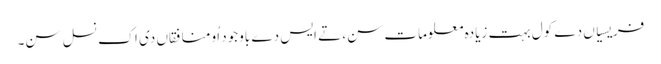
فریسیاں دے کول بہت زیادہ معلومات سن، تے ایس دے باوجود اُو منافقاں دی اک نسل سن۔